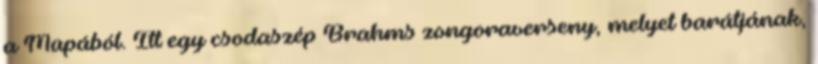
a Müpából. Itt egy csodaszép Brahms zongoraverseny, melyet barátjának,